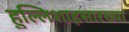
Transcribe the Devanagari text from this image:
हुल्लिशाहसारख्या